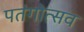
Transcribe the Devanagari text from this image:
पतंगोत्सव